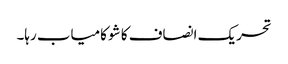
تحریک انصاف کا شو کامیاب رہا۔